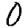
Digit: 0